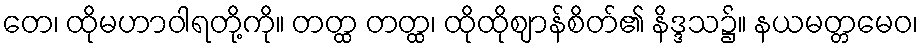
တေ၊ ထိုမဟာဝါရတို့ကို။ တတ္ထ တတ္ထ၊ ထိုထိုဈာန်စိတ်၏ နိဒ္ဒသ၌။ နယမတ္တမေဝ၊